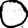
Digit: 0